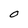
Character: O